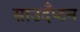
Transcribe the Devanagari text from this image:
साउदँप्टन